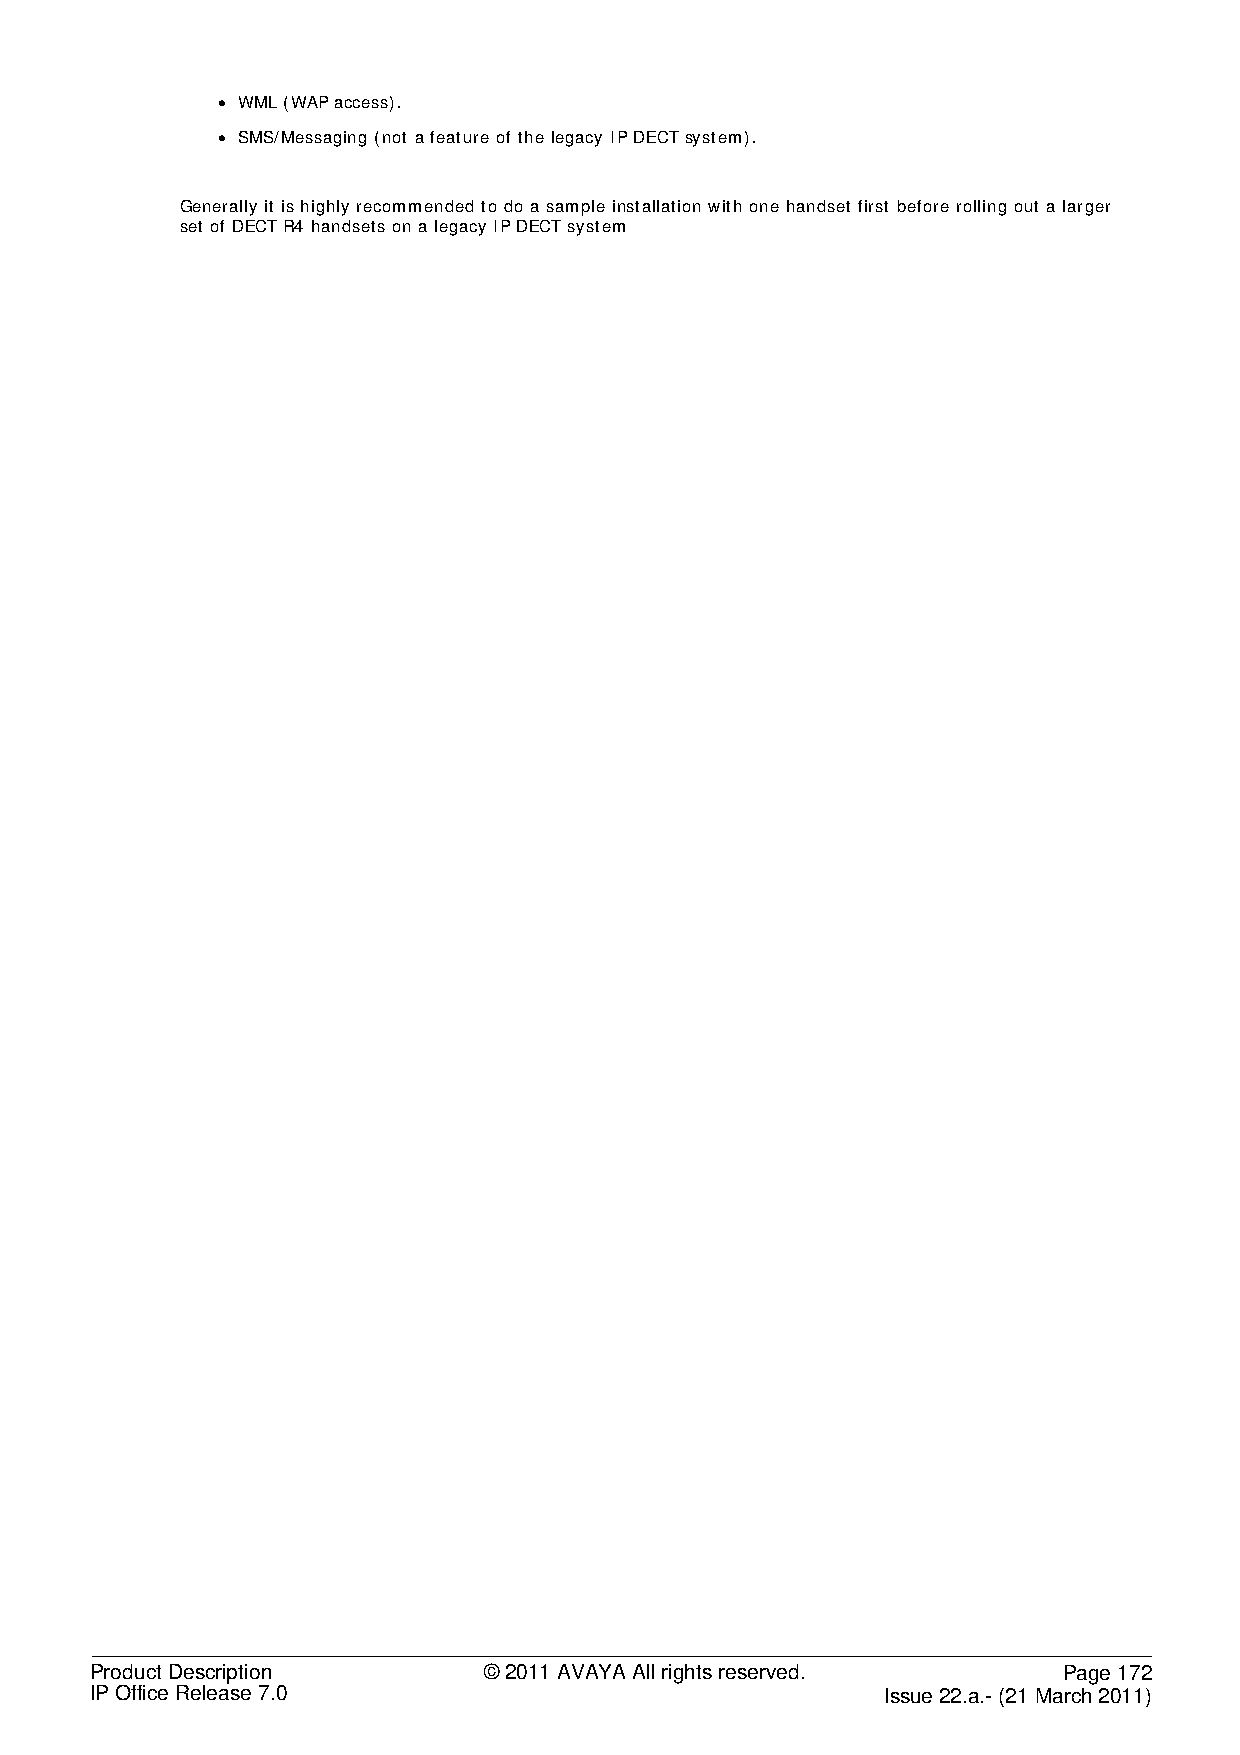
• WML (WAP access).
 • SMS/Messaging (not a feature of the legacy IP DECT system).
 Generally it is highly recommended to do a sample installation with one handset first before rolling out a larger
 set of DECT R4 handsets on a legacy IP DECT system
 Product Description       © 2011 AVAYA All rights reserved.     Page 172
 IP Office Release 7.0                                Issue 22.a.- (21 March 2011)